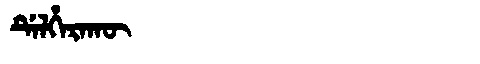
Manchu: ᡩᡝᠯᡥᡝᡵᠠᡴᡡ
Romanization: DELHERAKŪ